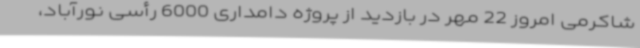
شاکرمی امروز 22 مهر در بازدید از پروژه دامداری 6000 رأسی نورآباد،